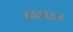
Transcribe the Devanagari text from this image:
बालाऊर